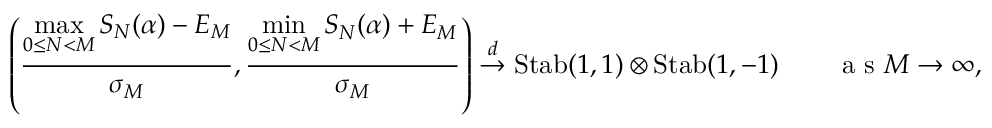
\left( \frac { \displaystyle { \operatorname* { m a x } _ { 0 \le N < M } S _ { N } ( \alpha ) - E _ { M } } } { \sigma _ { M } } , \frac { \displaystyle { \operatorname* { m i n } _ { 0 \le N < M } S _ { N } ( \alpha ) + E _ { M } } } { \sigma _ { M } } \right) \overset { d } { \to } \mathrm { S t a b } ( 1 , 1 ) \otimes \mathrm { S t a b } ( 1 , - 1 ) \qquad \textrm { a s } M \to \infty ,